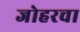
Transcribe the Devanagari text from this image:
जोहरचा